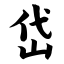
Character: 岱